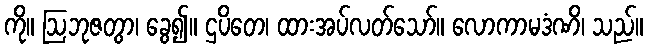
ကို။ ဩဘုဇတွာ၊ ခွေ၍။ ဌပိတေ၊ ထားအပ်လတ်သော်။ လောကာမဒံဏိ၊ သည်။